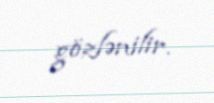
gözlənilir.